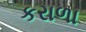
કરાળા